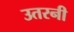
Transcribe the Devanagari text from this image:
उतरनी